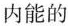
内能的